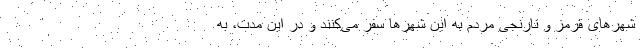
شهرهای قرمز و نارنجی مردم به این شهرها سفر می‌کنند و در این مدت، به